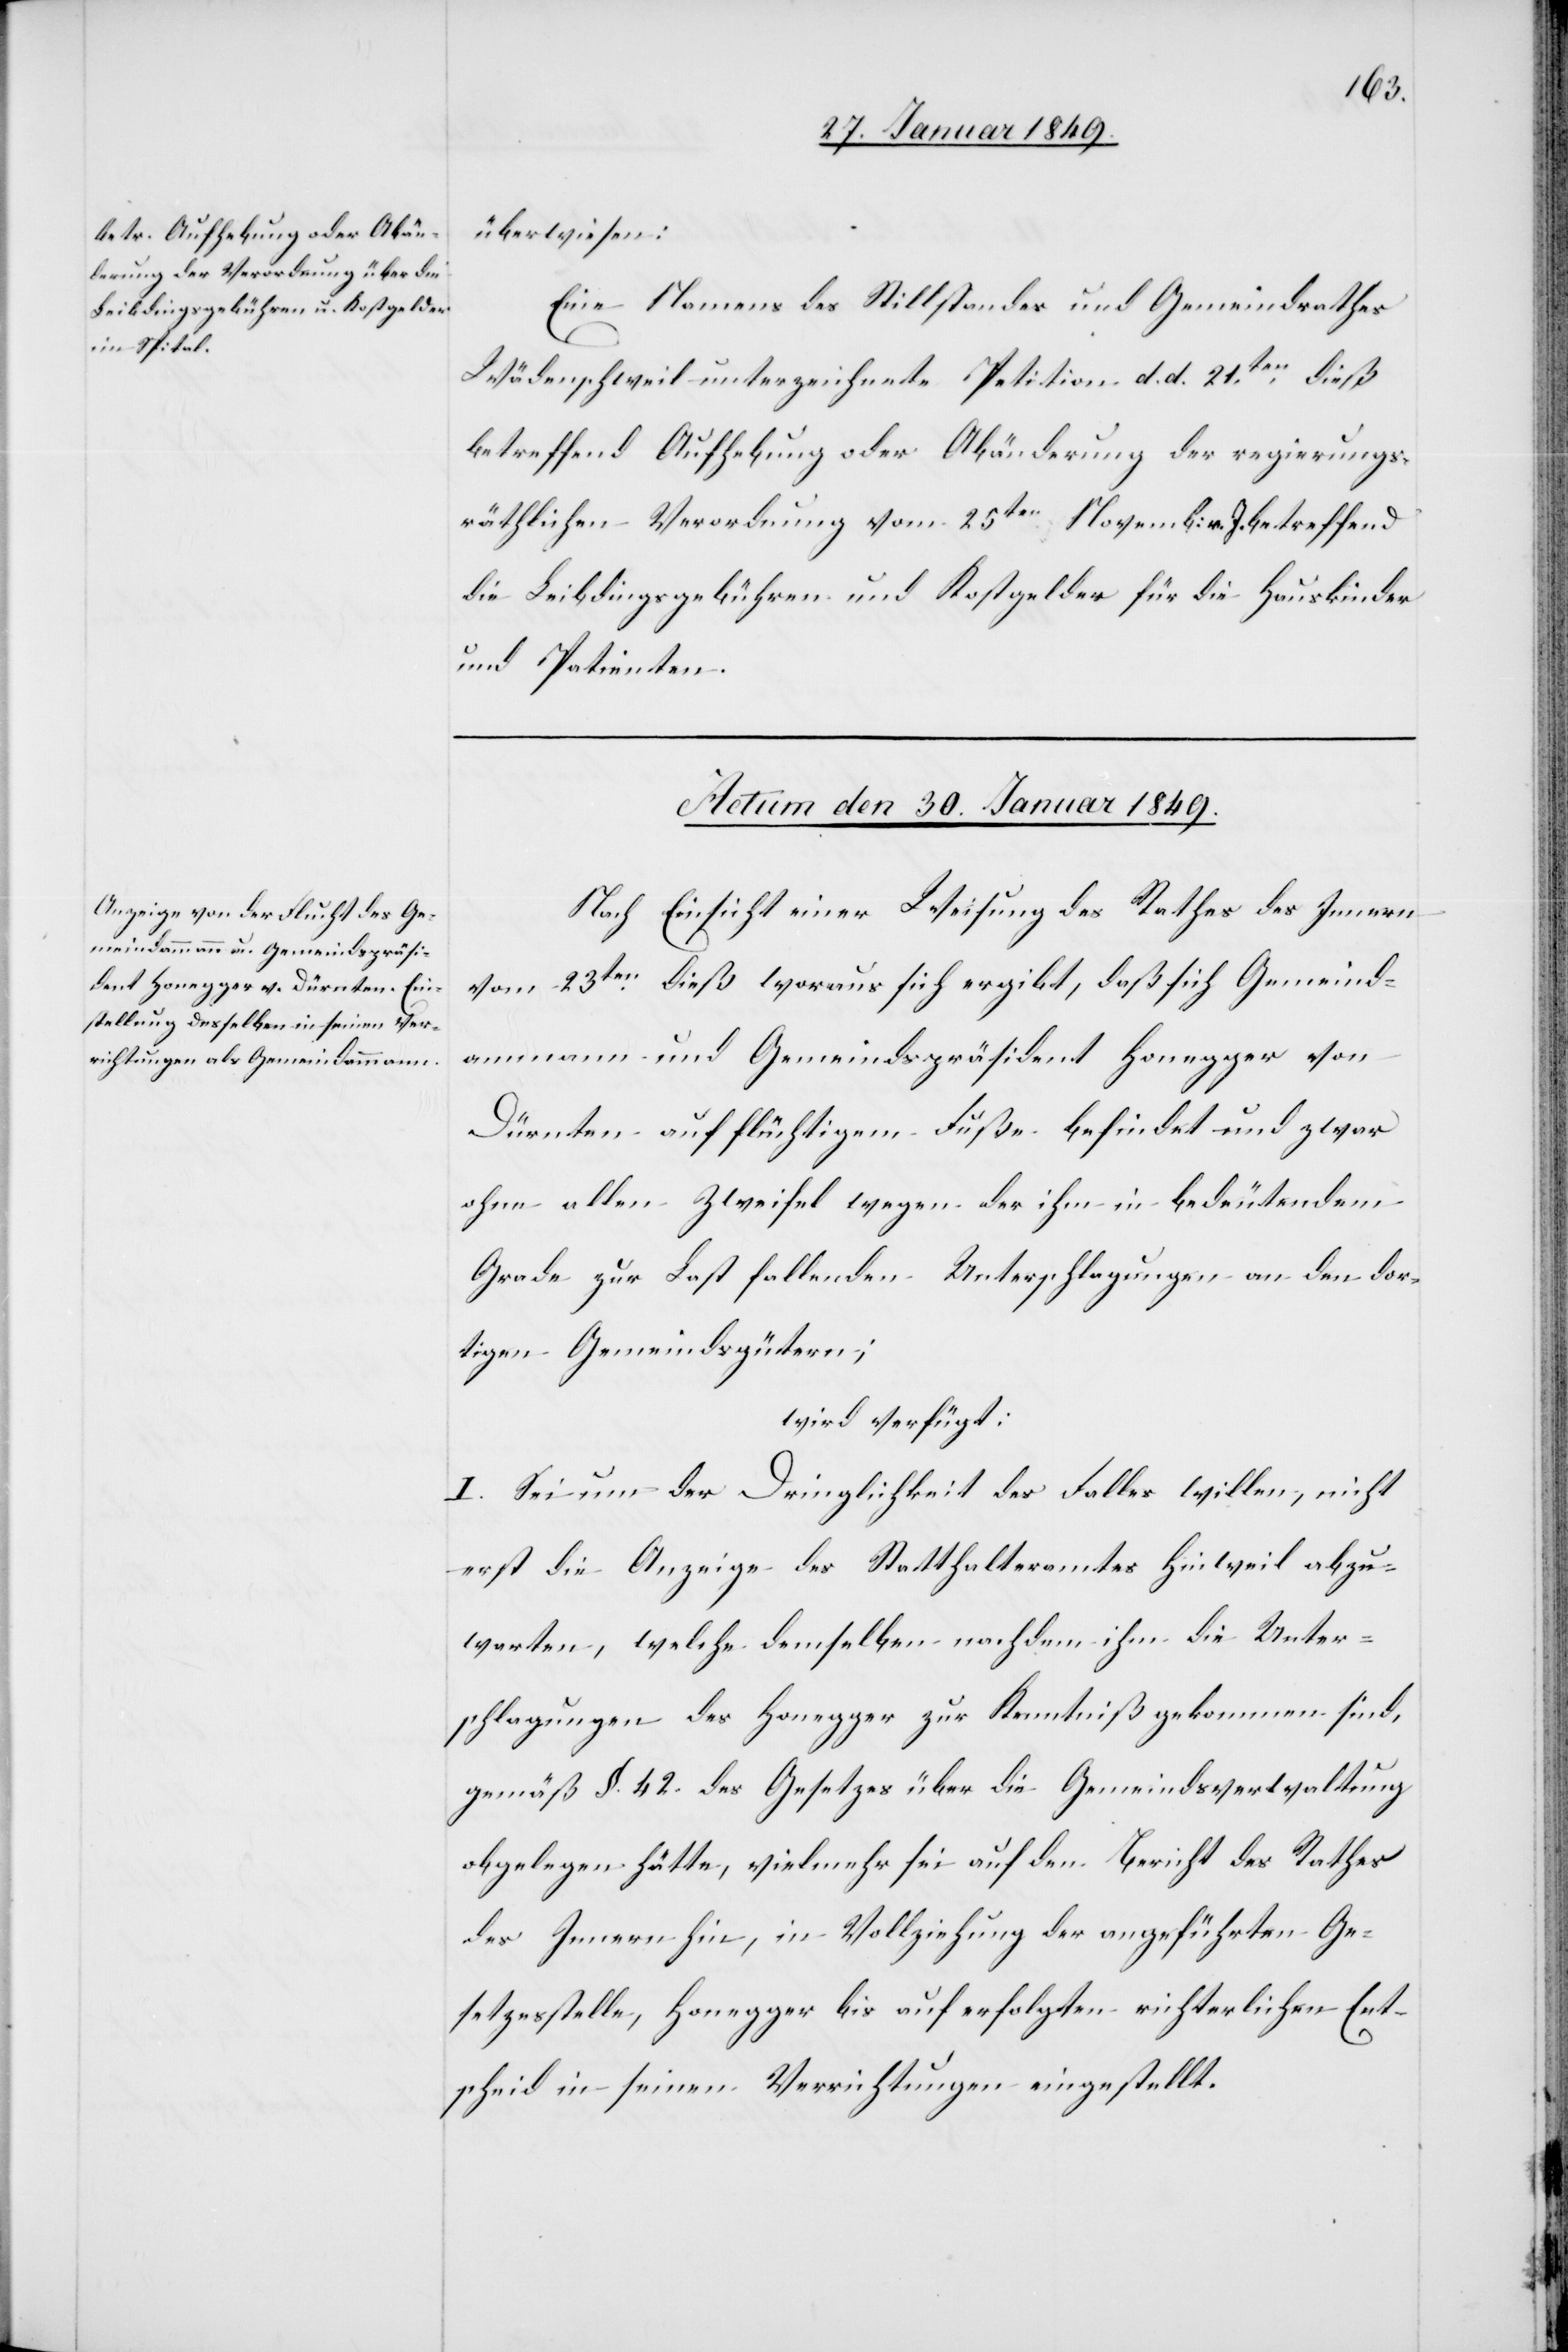
überwiesen:
Eine Namens des Stillstandes und Gemeindrathes
Wädenschweil unterzeichnete Petition d. d. 21ten. dieß
betreffend Aufhebung oder Abänderung der regierungs¬
räthlichen Verordnung vom 25ten Novemb: v. J. betreffend
die Leibdingsgebühren und Kostgelder für die Hauskinder
und Patienten.
Actum den 30. Januar 1849.
Nach Einsicht einer Weisung des Rathes des Innern
vom 23ten. dieß woraus sich ergibt, daß sich Gemeind¬
ammann und Gemeindspräsident Honegger von
Dürnten auf flüchtigem Fuße befindet und zwar
ohne allen Zweifel wegen der ihm in bedeutendem
Grade zur Last fallenden Unterschlagungen an den dor¬
tigen Gemeindsgütern;
wird verfügt:
I. Sei um der Dringlichkeit des Falles willen, nicht
erst die Anzeige des Statthalteramtes Hinweil abzu¬
warten, welche demselben nachdem ihm die Unter¬
schlagungen des Honegger zur Kenntniß gekommen sind,
gemäß §. 42. des Gesetzes über die Gemeindsverwaltung
obgelegen hätte, vielmehr sei auf den Bericht des Rathes
des Innern hin, in Vollziehung der angeführten Ge¬
setzesstelle, Honegger bis auf erfolgten richterlichen Ent¬
scheid in seinen Verrichtungen eingestellt.